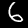
Label: 6